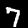
Label: 7